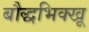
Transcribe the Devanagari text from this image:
बौद्धभिक्खू